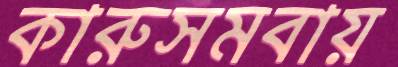
কারুসমবায়